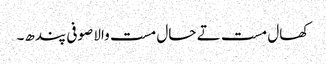
کھال مست تے حال مست والا صوفی پندھ۔